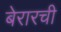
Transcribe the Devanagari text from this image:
बेरारची